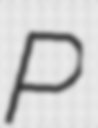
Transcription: P